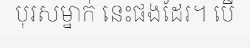
បុរសម្នាក់ នេះផងដែរ។ បើ